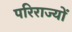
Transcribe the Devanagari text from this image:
परिराज्यों